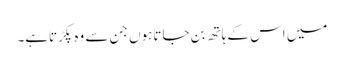
میں اس کے ہاتھ بن جاتاہوں جن سے وہ پکڑتاہے۔